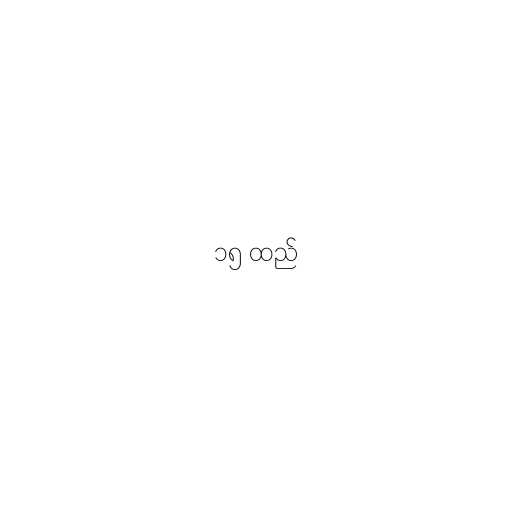
၁၅ ထည်